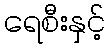
ရေစီးနှင့်